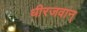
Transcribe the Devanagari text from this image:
धीरजवान्